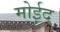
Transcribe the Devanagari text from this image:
मोईद